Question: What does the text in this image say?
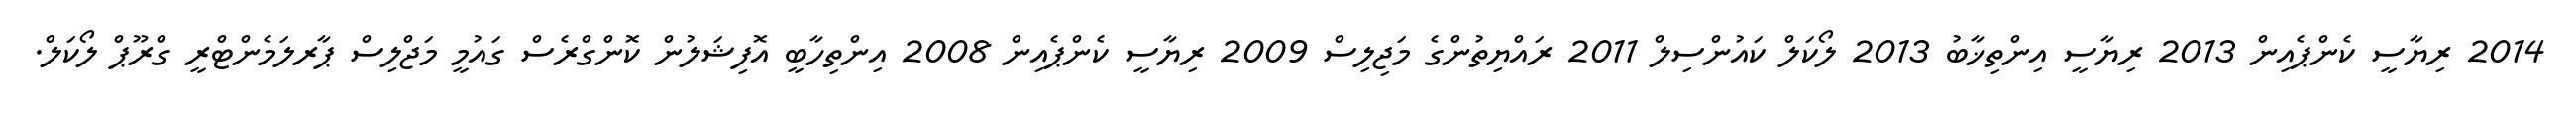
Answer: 2014 ރިޔާސީ ކެންޕެއިން 2013 ރިޔާސީ އިންތިޚާބު 2013 ލޯކަލް ކައުންސިލް 2011 ރައްޔިތުންގެ މަޖިލިސް 2009 ރިޔާސީ ކެންޕެއިން 2008 އިންތިހާބީ އޮފިޝަލުން ކޮންގްރެސް ގައުމީ މަޖްލިސް ޕާރލަމެންޓްރީ ގްރޫޕް ލޯކަލް.